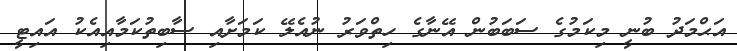
އަޙްމަދު ބުނީ މިކަމުގެ ސަބަބުން އޭނާގެ ހިތްވަރު ނުއެލޭ ކަމަށާއި ސާބިތުކަމާއިއެކު އައިޓީ